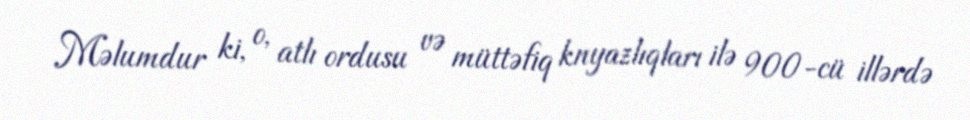
Məlumdur ki, o, atlı ordusu və müttəfiq knyazlıqları ilə 900-cü illərdə